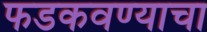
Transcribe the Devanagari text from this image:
फडकवण्याचा